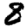
Digit: 8